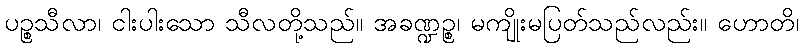
ပဉ္စသီလာ၊ ငါးပါးသော သီလတို့သည်။ အခဏ္ဍဉ္စ၊ မကျိုးမပြတ်သည်လည်း။ ဟောတိ၊